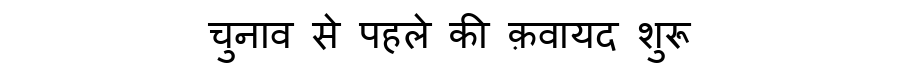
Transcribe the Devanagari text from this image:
चुनाव से पहले की क़वायद शुरू